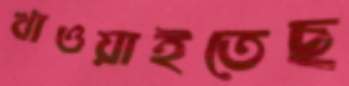
খাওয়াইতেছ